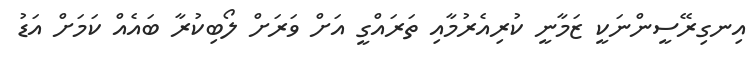
އިނގިރޭސީންނަކީ ޒަމާނީ ކުރިއެރުމާއި ތަރައްގީ އަށް ވަރަށް ލޯބިކުރާ ބައެއް ކަމަށް އަޑު